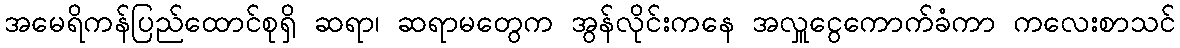
အမေရိကန်ပြည်ထောင်စုရှိ ဆရာ၊ ဆရာမတွေက အွန်လိုင်းကနေ အလှူငွေကောက်ခံကာ ကလေးစာသင်